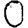
Digit: 0